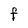
Character: F